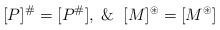
LaTeX: \begin{align*} [P]^\#=[P^\#], \And [M]^\circledast=[M^\circledast] \end{align*}